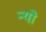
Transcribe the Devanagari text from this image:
न्यो